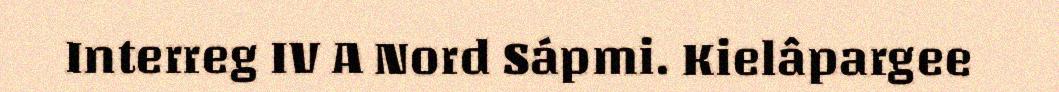
Interreg IV A Nord Sápmi. Kielâpargee